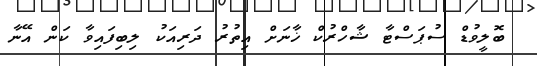
ބޮލީވުޑް ސުޕަސްޓާ ޝާހްރުކް ޚާނަށް އިތުރު ދަރިއަކު ލިބިފައިވާ ކަން އޭނާ